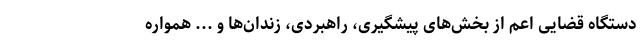
دستگاه قضایی اعم از بخش‌های پیشگیری، راهبردی، زندان‌ها و ... همواره